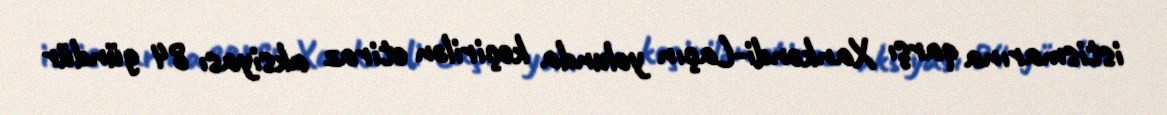
istismarına qarşı Xankəndi-Laçın yolunda keçirilən etiraz aksiyası 84 gündür